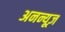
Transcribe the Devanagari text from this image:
अनन्यूज़